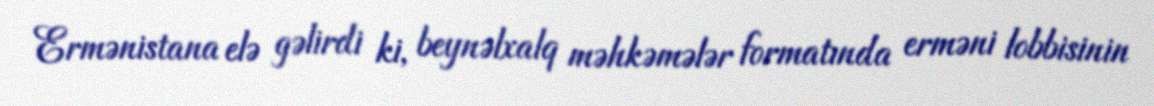
Ermənistana elə gəlirdi ki, beynəlxalq məhkəmələr formatında erməni lobbisinin